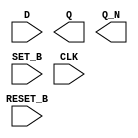
module sky130_fd_sc_hs__dfbbp (
    //# {{data|Data Signals}}
    input  D      ,
    output Q      ,
    output Q_N    ,

    //# {{control|Control Signals}}
    input  RESET_B,
    input  SET_B  ,

    //# {{clocks|Clocking}}
    input  CLK
);

    // Voltage supply signals
    supply1 VPWR;
    supply0 VGND;

endmodule